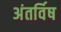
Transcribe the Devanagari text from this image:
अंतर्विष